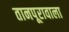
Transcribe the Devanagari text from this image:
तानपूरावाला